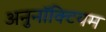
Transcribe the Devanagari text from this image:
अनुनॉक्टियम